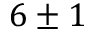
6 \pm 1